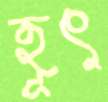
হূৎ